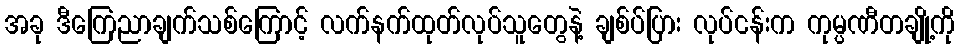
အခု ဒီကြေညာချက်သစ်ကြောင့် လက်နက်ထုတ်လုပ်သူတွေနဲ့ ချစ်ပ်ပြား လုပ်ငန်းက ကုမ္ပဏီတချို့ကို